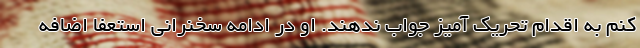
کنم به اقدام تحریک آمیز جواب ندهند. او در ادامه سخنرانی استعفا اضافه